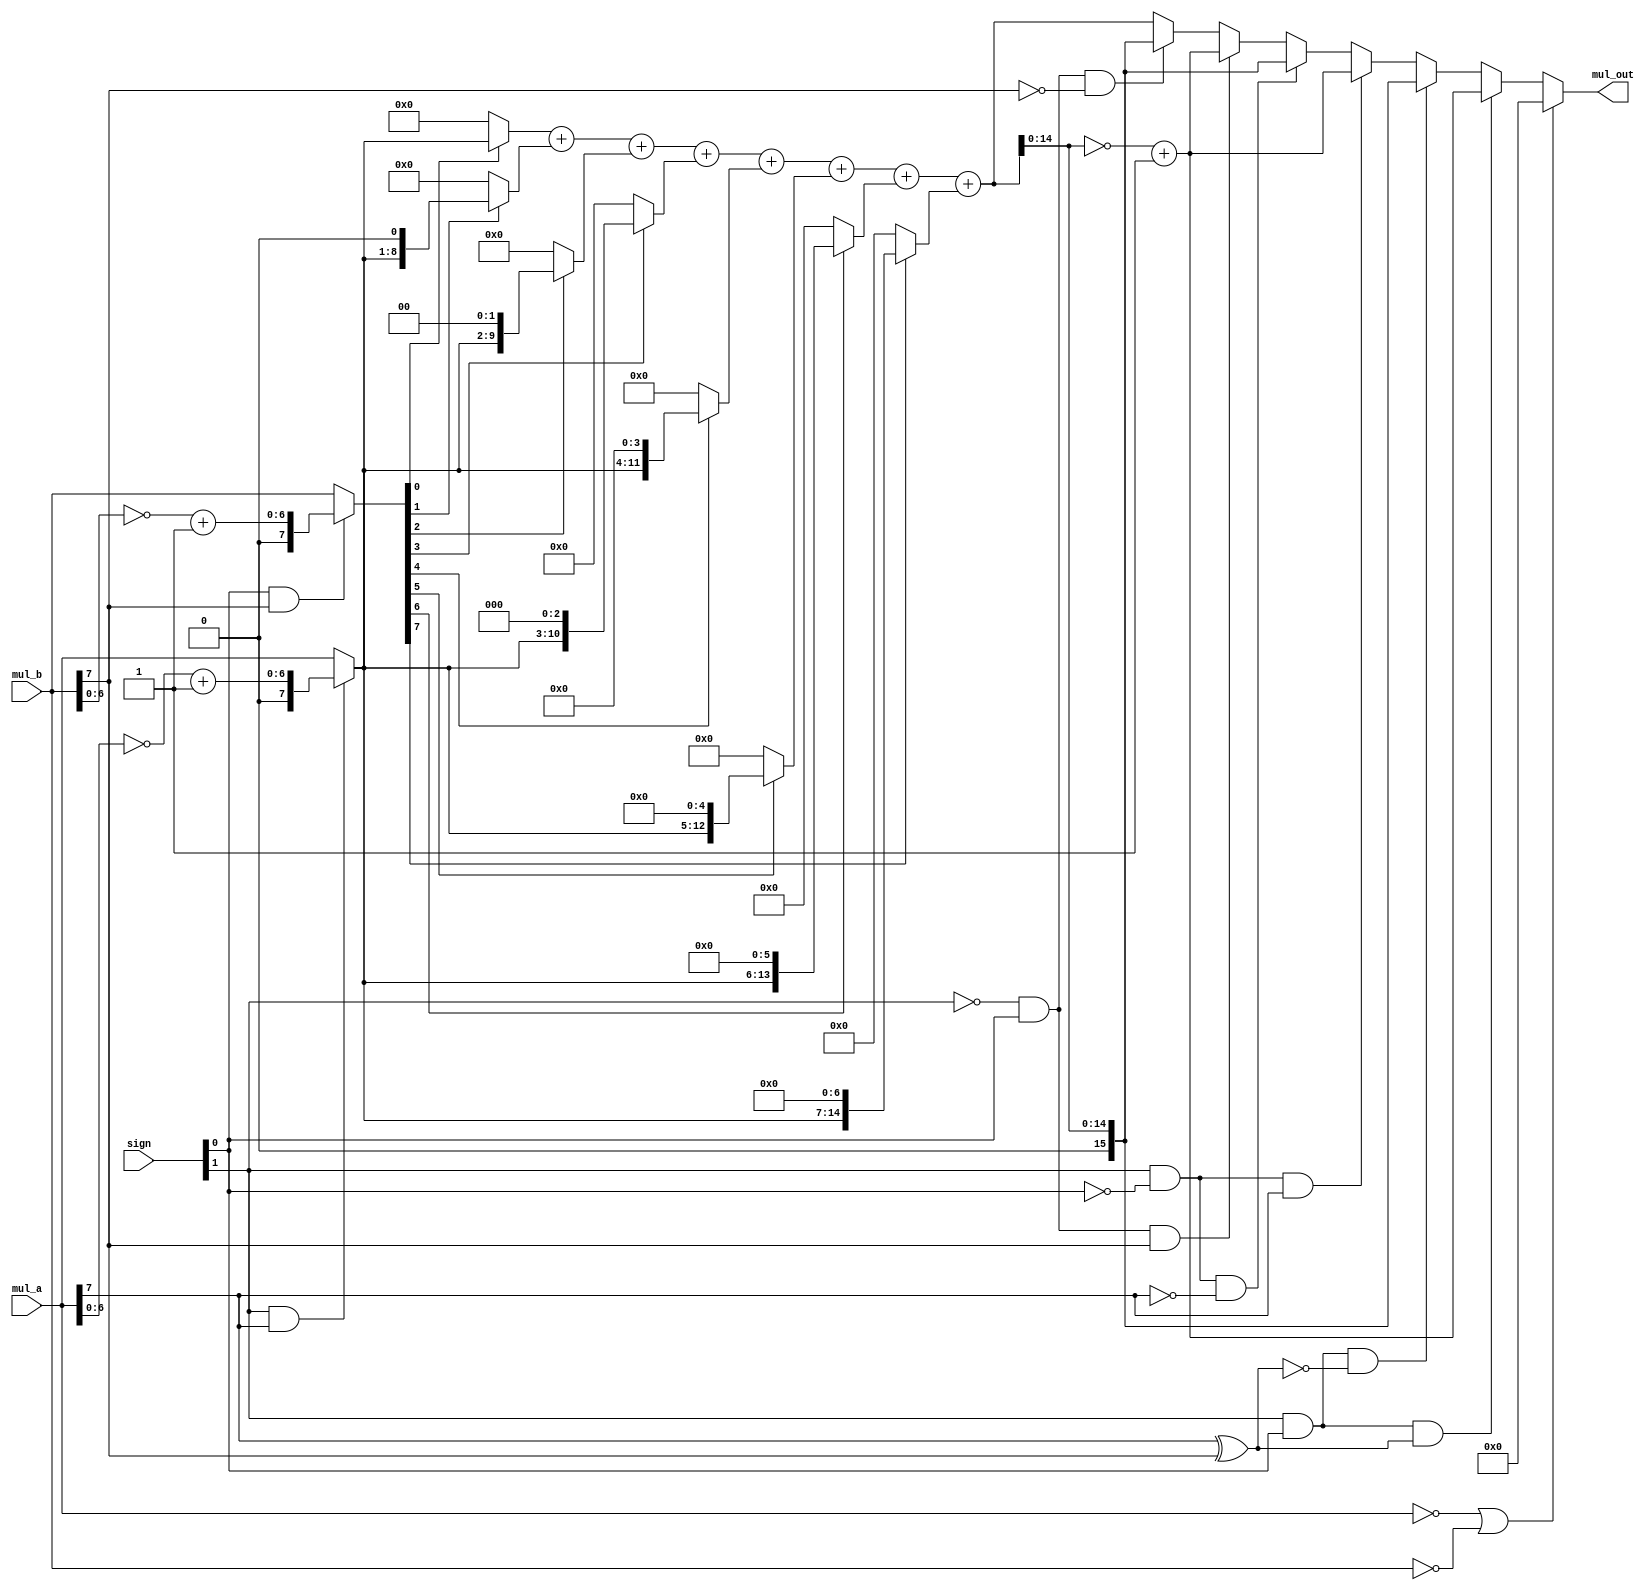
module win_mul_8(
	input  		[7:0] 	mul_a,
	input  		[7:0] 	mul_b,
	input 		[1:0]	sign,

	output  	[15:0] 	mul_out
    );

	wire [15:0] stored0;
	wire [15:0] stored1;
	wire [15:0] stored2;
	wire [15:0] stored3;
	wire [15:0] stored4;
	wire [15:0] stored5;
	wire [15:0] stored6;
	wire [15:0] stored7;

	wire [ 7:0] mul_wire_a;
	wire [ 7:0] mul_wire_b;
	wire [15:0] mul_wire_out;

	assign 	mul_wire_a 	= 	((sign[1] == 1'b1) && (mul_a[7] == 1'b1))? {1'b0,~mul_a[6:0]+1'b1} : mul_a;
	assign  mul_wire_b 	= 	((sign[0] == 1'b1) && (mul_b[7] == 1'b1))? {1'b0,~mul_b[6:0]+1'b1} : mul_b;

	assign	stored0 	= 	mul_wire_b[0]? {8'b0, mul_wire_a[7:0] 	   } : 16'b0;
	assign	stored1 	= 	mul_wire_b[1]? {7'b0, mul_wire_a[7:0], 1'b0} : 16'b0;
	assign	stored2 	= 	mul_wire_b[2]? {6'b0, mul_wire_a[7:0], 2'b0} : 16'b0;
	assign	stored3 	= 	mul_wire_b[3]? {5'b0, mul_wire_a[7:0], 3'b0} : 16'b0;
	assign	stored4 	= 	mul_wire_b[4]? {4'b0, mul_wire_a[7:0], 4'b0} : 16'b0;
	assign	stored5 	= 	mul_wire_b[5]? {3'b0, mul_wire_a[7:0], 5'b0} : 16'b0;
	assign	stored6 	= 	mul_wire_b[6]? {2'b0, mul_wire_a[7:0], 6'b0} : 16'b0;
	assign	stored7 	= 	mul_wire_b[7]? {1'b0, mul_wire_a[7:0], 7'b0} : 16'b0;

	assign	mul_wire_out= 	stored0+stored1+stored2+stored3+stored4+stored5+stored6+stored7;

	assign	mul_out 	= 	(   mul_a == 8'h00 ||  mul_b == 8'h00 ) ?    16'h0 :
							((sign[1] == 1'b1) && (sign[0] == 1'b1) && ((mul_a[7] ^ mul_b[7]) == 1'b1)) ? {1'b1,~mul_wire_out[14:0]+1} : 
							((sign[1] == 1'b1) && (sign[0] == 1'b1) && ((mul_a[7] ^ mul_b[7]) == 1'b0)) ? {1'b0, mul_wire_out[14:0]  } : 
							((sign[1] == 1'b1) && (sign[0] == 1'b0) && ((mul_a[7]  			) == 1'b1)) ? {1'b1,~mul_wire_out[14:0]+1} :
							((sign[1] == 1'b1) && (sign[0] == 1'b0) && ((mul_a[7]  			) == 1'b0)) ? {1'b0, mul_wire_out[14:0]  } :
							((sign[1] == 1'b0) && (sign[0] == 1'b1) && ((  			mul_b[7]) == 1'b1)) ? {1'b1,~mul_wire_out[14:0]+1} :
							((sign[1] == 1'b0) && (sign[0] == 1'b1) && ((  			mul_b[7]) == 1'b0)) ? {1'b0, mul_wire_out[14:0]  } : mul_wire_out;

endmodule